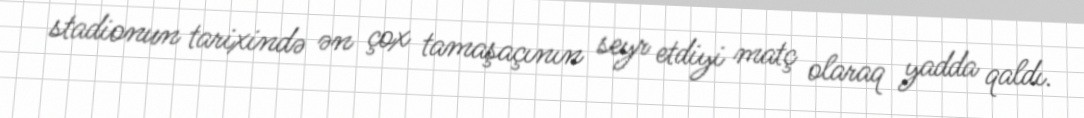
stadionun tarixində ən çox tamaşaçının seyr etdiyi matç olaraq yadda qaldı.